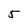
Character: 5